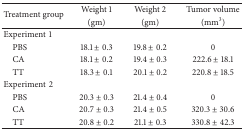
| <ROWSPAN=2> Treatment group | Weight 1 | Weight 2 | Tumor volume |
 | (gm) | (gm) | (mm3) |
 | --- | --- | --- | --- |
 | Experiment1 |  |  |  |
 | PBS | 18.1 ± 0.3 | 19.8 ± 0.2 | 0 |
 | CA | 18.1 ± 0.2 | 19.4 ± 0.3 | 222.6 ± 18.1 |
 | TT | 18.3 ± 0.1 | 20.1 ± 0.2 | 220.8 ± 18.5 |
 | Experiment2 |  |  |  |
 | PBS | 20.3 ± 0.3 | 21.4 ± 0.4 | 0 |
 | CA | 20.7 ± 0.3 | 21.4 ± 0.5 | 320.3 ± 30.6 |
 | TT | 20.8 ± 0.2 | 21.1 ± 0.3 | 330.8 ± 42.3 |